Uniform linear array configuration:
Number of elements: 4
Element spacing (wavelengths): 1
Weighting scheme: binomial
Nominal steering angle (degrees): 0
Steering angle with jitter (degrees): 1.492
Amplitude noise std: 0.05
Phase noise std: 0.05

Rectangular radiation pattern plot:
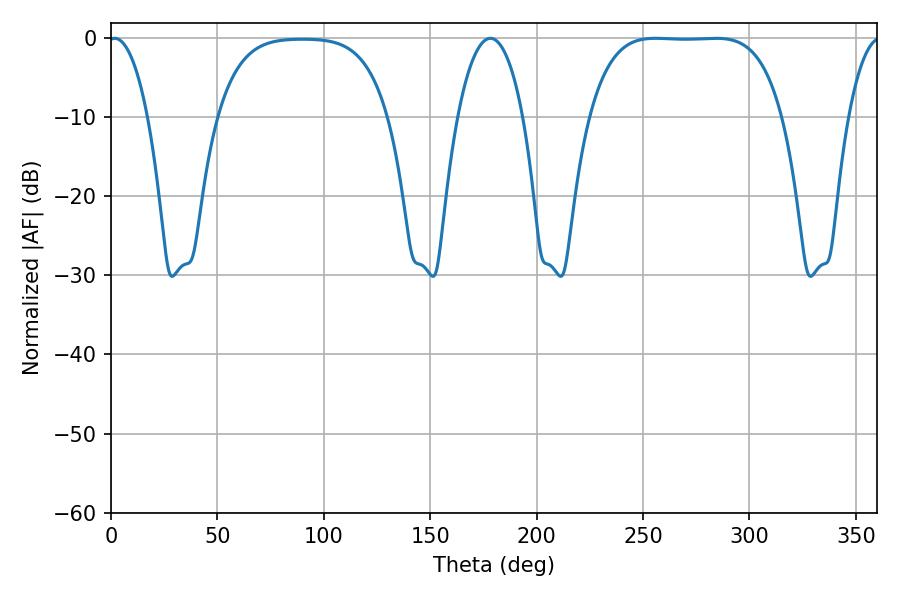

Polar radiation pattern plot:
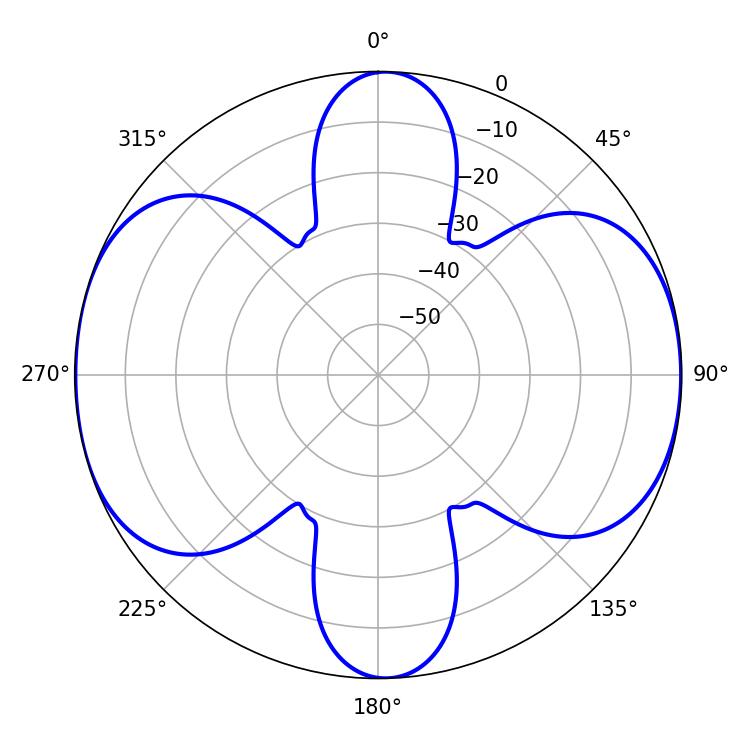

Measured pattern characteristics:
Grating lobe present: TRUE
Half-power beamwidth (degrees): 69.84
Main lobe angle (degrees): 255.96